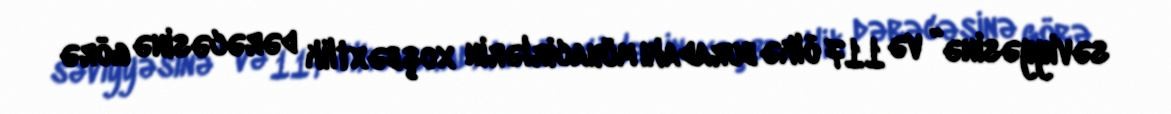
səviyyəsinə” və 117 ölkə buradakı mühacirlərin xoşbəxtlik dərəcəsinə görə